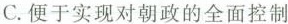
C.便于实现对朝政的全面控制